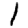
Digit: 1